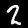
Label: 2